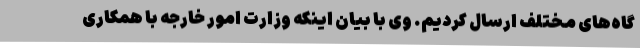
گاه‌های مختلف ارسال کردیم. وی با بیان اینکه وزارت امور خارجه با همکاری